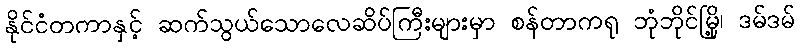
နိုင်ငံတကာနှင့် ဆက်သွယ်သောလေဆိပ်ကြီးများမှာ စန်တာကရု ဘုံဘိုင်မြို့၊ ဒမ်ဒမ်